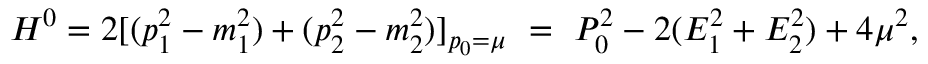
H ^ { 0 } = 2 [ ( p _ { 1 } ^ { 2 } - m _ { 1 } ^ { 2 } ) + ( p _ { 2 } ^ { 2 } - m _ { 2 } ^ { 2 } ) ] _ { p _ { 0 } = \mu } \, \, = \, \, P _ { 0 } ^ { 2 } - 2 ( E _ { 1 } ^ { 2 } + E _ { 2 } ^ { 2 } ) + 4 \mu ^ { 2 } ,